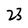
Character: 2